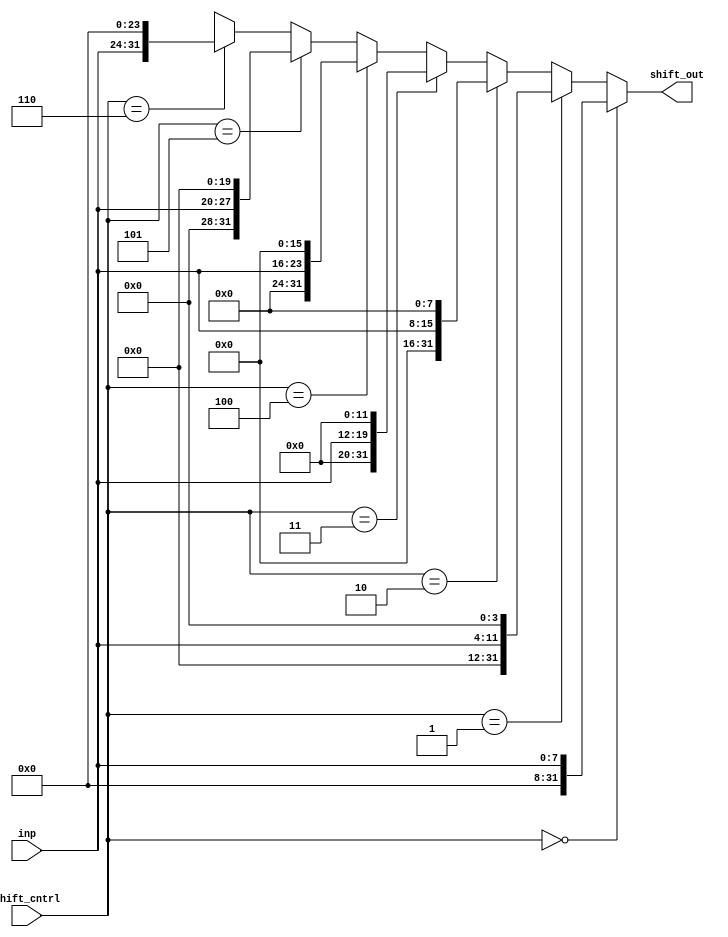
module shifter( inp, shift_cntrl, shift_out);

input [7:0] inp;
input [2:0] shift_cntrl;
output reg[31:0] shift_out;


always@(inp, shift_cntrl)
begin
	if(shift_cntrl == 3'b00)
		shift_out  = (inp);
	else if (shift_cntrl == 3'b001)
		shift_out  = (inp << 4);
	else if (shift_cntrl == 3'b010)
		shift_out  = (inp << 8);
	else if (shift_cntrl == 3'b011)
		shift_out  = (inp << 12);
	else if (shift_cntrl == 3'b100)
		shift_out  = (inp << 16);
	else if (shift_cntrl == 3'b101)
		shift_out  = (inp << 20);
	else if (shift_cntrl == 3'b110)
		shift_out  = (inp << 24);
	else
		shift_out = 32'hXXXX_XXXX;
end


endmodule